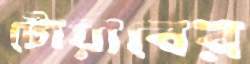
টোয়াবের